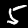
Digit: 5